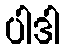
ပါဒါ